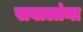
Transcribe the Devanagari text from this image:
सवालांना